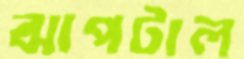
ঝাপটাল